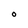
Character: O